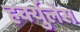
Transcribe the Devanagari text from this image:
हर्क्युलेस